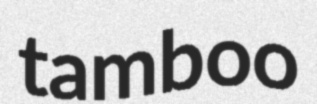
tamboo